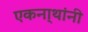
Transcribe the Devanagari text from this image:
एकना्थांनी